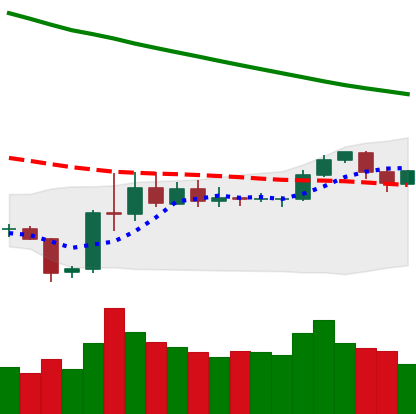
Ticker: LTC-USD
Chart end date: 2019-11-09
Forward return: -4.075%
Label: down_3_5